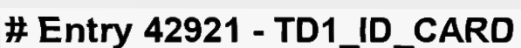
# Entry 42921 - TD1_ID_CARD